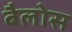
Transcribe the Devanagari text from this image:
बैलोस